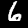
Label: 6